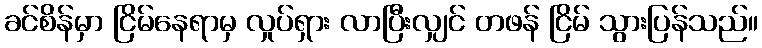
ခင်စိန်မှာ ငြိမ်နေရာမှ လှုပ်ရှား လာပြီးလျှင် တဖန် ငြိမ် သွားပြန်သည်။